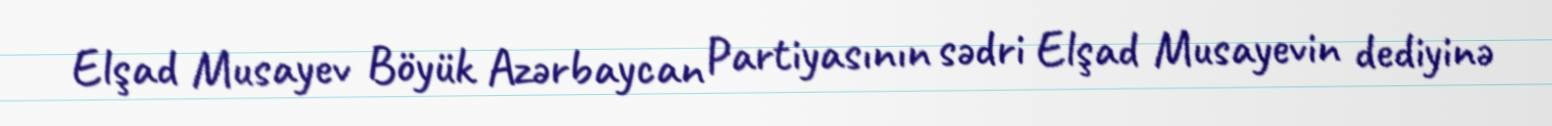
Elşad Musayev Böyük Azərbaycan Partiyasının sədri Elşad Musayevin dediyinə